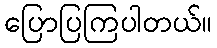
ပြောပြကြပါတယ်။